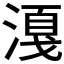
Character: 𣼸